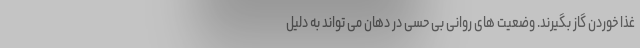
غذا خوردن گاز بگیرند. وضعیت های روانی بی حسی در دهان می تواند به دلیل